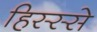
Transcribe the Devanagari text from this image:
हिस्‍स्‍से